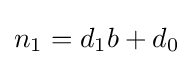
n_{1}=d_{1}b+d_{0}